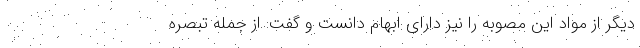
دیگر از مواد این مصوبه را نیز دارای ابهام دانست و گفت: از جمله تبصره